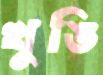
খুঙি